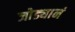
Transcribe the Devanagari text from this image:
जोड्यानं